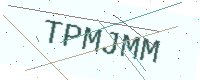
Text: TPMJMM